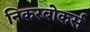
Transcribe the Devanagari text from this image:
निकरबोकर्स